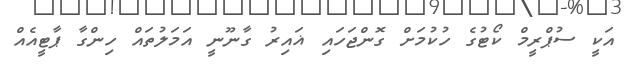
އަކީ ސުޕްރީމް ކޯޓުގެ ހުކުމަށް ގޮންޖަހައި ޣައިރު ގާނޫނީ އަމަލުތައް ހިންގާ ޕާޓީއެއް